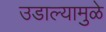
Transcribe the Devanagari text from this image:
उडाल्यामुळे